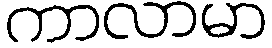
ကာလာမာ